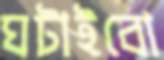
ঘটাইবো